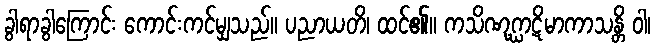
ခွါရာခွါကြောင်း ကောင်းကင်မျှသည်။ ပညာယတိ၊ ထင်၏။ ကသိဏုဂ္ဃာဋိမာကာသန္တိ ဝါ၊